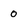
Character: 0